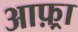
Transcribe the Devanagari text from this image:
आफ़्रा